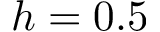
h = 0 . 5